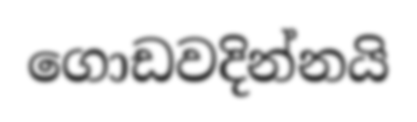
ගොඩවදින්නයි